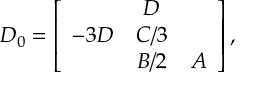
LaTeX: D _ { 0 } = \left[ \begin{array} { c c c } { { } } & { { D } } & { { } } \\ { { - 3 D } } & { { C / 3 } } & { { } } \\ { { } } & { { B / 2 } } & { { A } } \end{array} \right] ,